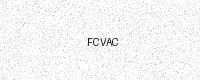
Text: FCVAC